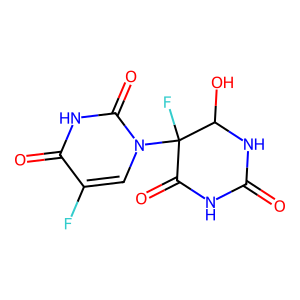
SMILES: O=C1NC(=O)C(F)(n2cc(F)c(=O)[nH]c2=O)C(O)N1
Inhibits HIV replication: No